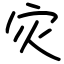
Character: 灾